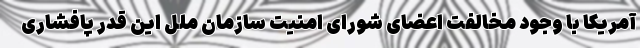
آمریکا با وجود مخالفت اعضای شورای امنیت سازمان ملل این قدر پافشاری